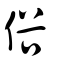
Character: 俗